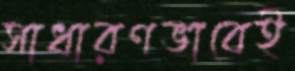
সাধারণভাবেই